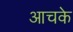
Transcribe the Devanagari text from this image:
आचके